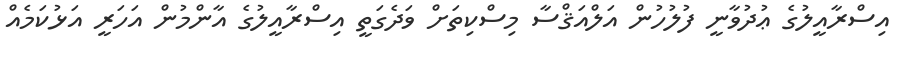
އިސްރާއީލުގެ ޢުދުވާނީ ފުލުހުން އަލްއަޤްސާ މިސްކިތަށް ވަދެގަތީ އިސްރާއީލުގެ އާންމުން އަހަރީ އަޅުކަމެއް